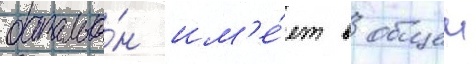
батальо́н им'е́ет в общеи